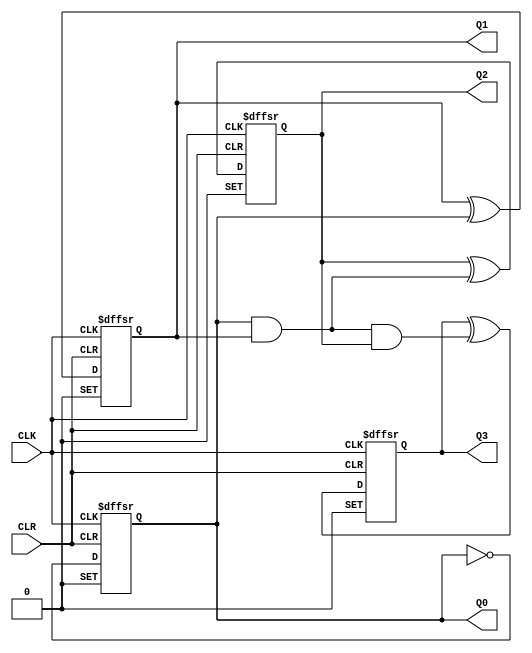
// Copyright (C) 1991-2015 Altera Corporation. All rights reserved.
// Your use of Altera Corporation's design tools, logic functions 
// and other software and tools, and its AMPP partner logic 
// functions, and any output files from any of the foregoing 
// (including device programming or simulation files), and any 
// associated documentation or information are expressly subject 
// to the terms and conditions of the Altera Program License 
// Subscription Agreement, the Altera Quartus Prime License Agreement,
// the Altera MegaCore Function License Agreement, or other 
// applicable license agreement, including, without limitation, 
// that your use is for the sole purpose of programming logic 
// devices manufactured by Altera and sold by Altera or its 
// authorized distributors.  Please refer to the applicable 
// agreement for further details.

// PROGRAM		"Quartus Prime"
// VERSION		"Version 15.1.1 Build 189 12/02/2015 SJ Standard Edition"
// CREATED		"Tue Apr 05 15:18:56 2016"

//schematicCounter.v

module schematicCounter(
	CLK,
	CLR,
	Q0,
	Q1,
	Q2,
	Q3
);


input wire	CLK;
input wire	CLR;
output wire	Q0;
output wire	Q1;
output wire	Q2;
output reg	Q3;

wire	SYNTHESIZED_WIRE_8;
wire	SYNTHESIZED_WIRE_9;
reg	TFF_inst8;
reg	SYNTHESIZED_WIRE_10;
wire	SYNTHESIZED_WIRE_5;
reg	TFF_inst5;

assign	Q0 = SYNTHESIZED_WIRE_10;
assign	Q1 = TFF_inst5;
assign	Q2 = TFF_inst8;
assign	SYNTHESIZED_WIRE_8 = 1;




always@(posedge CLK or negedge CLR or negedge SYNTHESIZED_WIRE_8)
begin
if (!CLR)
	begin
	SYNTHESIZED_WIRE_10 <= 0;
	end
else
if (!SYNTHESIZED_WIRE_8)
	begin
	SYNTHESIZED_WIRE_10 <= 1;
	end
else
	SYNTHESIZED_WIRE_10 <= SYNTHESIZED_WIRE_10 ^ SYNTHESIZED_WIRE_8;
end

assign	SYNTHESIZED_WIRE_5 = SYNTHESIZED_WIRE_9 & TFF_inst8;



always@(posedge CLK or negedge CLR or negedge SYNTHESIZED_WIRE_8)
begin
if (!CLR)
	begin
	TFF_inst5 <= 0;
	end
else
if (!SYNTHESIZED_WIRE_8)
	begin
	TFF_inst5 <= 1;
	end
else
	TFF_inst5 <= TFF_inst5 ^ SYNTHESIZED_WIRE_10;
end


always@(posedge CLK or negedge CLR or negedge SYNTHESIZED_WIRE_8)
begin
if (!CLR)
	begin
	Q3 <= 0;
	end
else
if (!SYNTHESIZED_WIRE_8)
	begin
	Q3 <= 1;
	end
else
	Q3 <= Q3 ^ SYNTHESIZED_WIRE_5;
end


always@(posedge CLK or negedge CLR or negedge SYNTHESIZED_WIRE_8)
begin
if (!CLR)
	begin
	TFF_inst8 <= 0;
	end
else
if (!SYNTHESIZED_WIRE_8)
	begin
	TFF_inst8 <= 1;
	end
else
	TFF_inst8 <= TFF_inst8 ^ SYNTHESIZED_WIRE_9;
end

assign	SYNTHESIZED_WIRE_9 = SYNTHESIZED_WIRE_10 & TFF_inst5;


endmodule